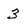
Character: 3